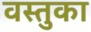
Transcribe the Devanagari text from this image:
वस्‍तुका